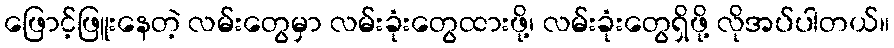
ဖြောင့်ဖြူးနေတဲ့ လမ်းတွေမှာ လမ်းခုံးတွေထားဖို့၊ လမ်းခုံးတွေရှိဖို့ လိုအပ်ပါတယ်။